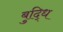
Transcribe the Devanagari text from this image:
बुद्धि